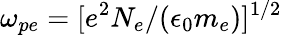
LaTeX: {\omega_{pe}=[e^{2}N_{e}/(\epsilon_{0}m_{e})]^{1/2}}